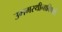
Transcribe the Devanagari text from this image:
उगमस्थीनाविषयी